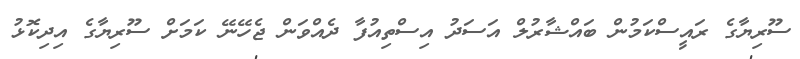
ސޫރިޔާގެ ރައީސްކަމުން ބައްޝާރުލް އަސަދު އިސްތިއުފާ ދެއްވަން ޖެހޭނޭ ކަމަށް ސޫރިޔާގެ އިދިކޮޅު